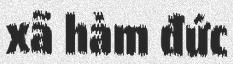
xã hàm đức